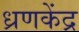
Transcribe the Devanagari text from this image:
ध्रणकेंद्र